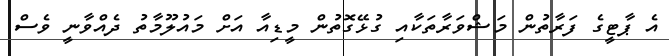
އެ ޕާޓީގެ ފަރާތުން މަޝްވަރާތަކާއި ގުޅޭގޮތުން މީޑިއާ އަށް މައުލޫމާތު ދެއްވާނީ ވެސް